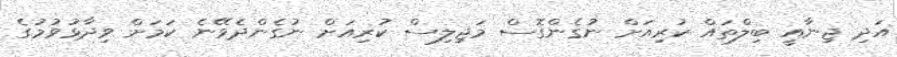
އަދި ޖިނާއީ ބިލްތައް ކުރިއަށް ނުގެންގޮސް މަޖިލިސް ކުރިއަށް ނުގެންދެވޭނެ ކަމަށް ވިދާޅުވުމުގެ